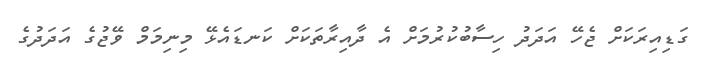
ގަޑިއިރަކަށް ޖެހޭ އަދަދު ހިސާބުކުރުމަށް އެ ދާއިރާތަކަށް ކަނޑައެޅޭ މިނިމަމް ވޭޖުގެ އަދަދުގެ